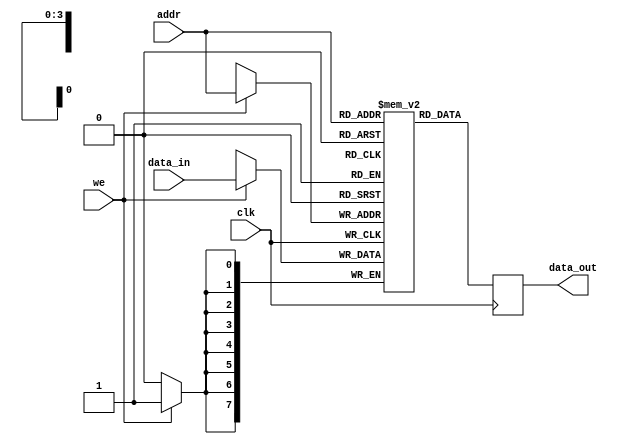
module parameterized_ram #(
    parameter DATA_WIDTH = 8,  // Width of the data bus
    parameter ADDR_WIDTH = 4   // Width of the address bus
) (
    input wire clk,                     // Clock signal
    input wire we,                      // Write enable signal
    input wire [ADDR_WIDTH-1:0] addr,  // Address input
    input wire [DATA_WIDTH-1:0] data_in,// Input data bus
    output reg [DATA_WIDTH-1:0] data_out // Output data bus
);

    // Memory array declaration
    reg [DATA_WIDTH-1:0] ram [0:(2**ADDR_WIDTH)-1];

    // Synchronous read/write operation
    always @(posedge clk) begin
        if (we) begin
            // Write operation
            ram[addr] <= data_in; // Non-blocking assignment for writing
        end
        // Read operation
        data_out <= ram[addr]; // Non-blocking assignment for reading
    end

    // Optional: Asynchronous reset logic
    // Uncomment the following lines if reset functionality is needed
    /*
    input wire rst; // Asynchronous reset signal
    always @(posedge clk or posedge rst) begin
        if (rst) begin
            integer i;
            for (i = 0; i < (2**ADDR_WIDTH); i = i + 1) begin
                ram[i] <= {DATA_WIDTH{1'b0}}; // Initialize memory to zero
            end
        end else begin
            if (we) begin
                ram[addr] <= data_in; // Non-blocking assignment for writing
            end
            data_out <= ram[addr]; // Non-blocking assignment for reading
        end
    end
    */

endmodule